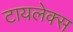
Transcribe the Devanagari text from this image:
टायलेक्स